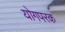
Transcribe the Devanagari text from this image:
योगपरक